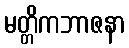
မတ္တိကဘာဇနာ